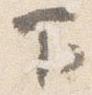
下